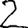
Digit: 2